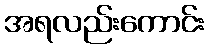
အရလည်းကောင်း